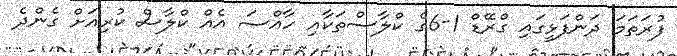
ފުރަތަމަ ދަންފަޅީގައި ގްރޭޑް 1-6ގެ ކްލާސްތަކާއި ހާއްސަ އެއް ކްލާސް ކުރިއަށް ގެންދެ